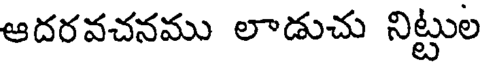
ఆదరవచనము లాడుచు నిట్టుల